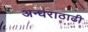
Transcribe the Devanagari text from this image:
अन्धराठाढी